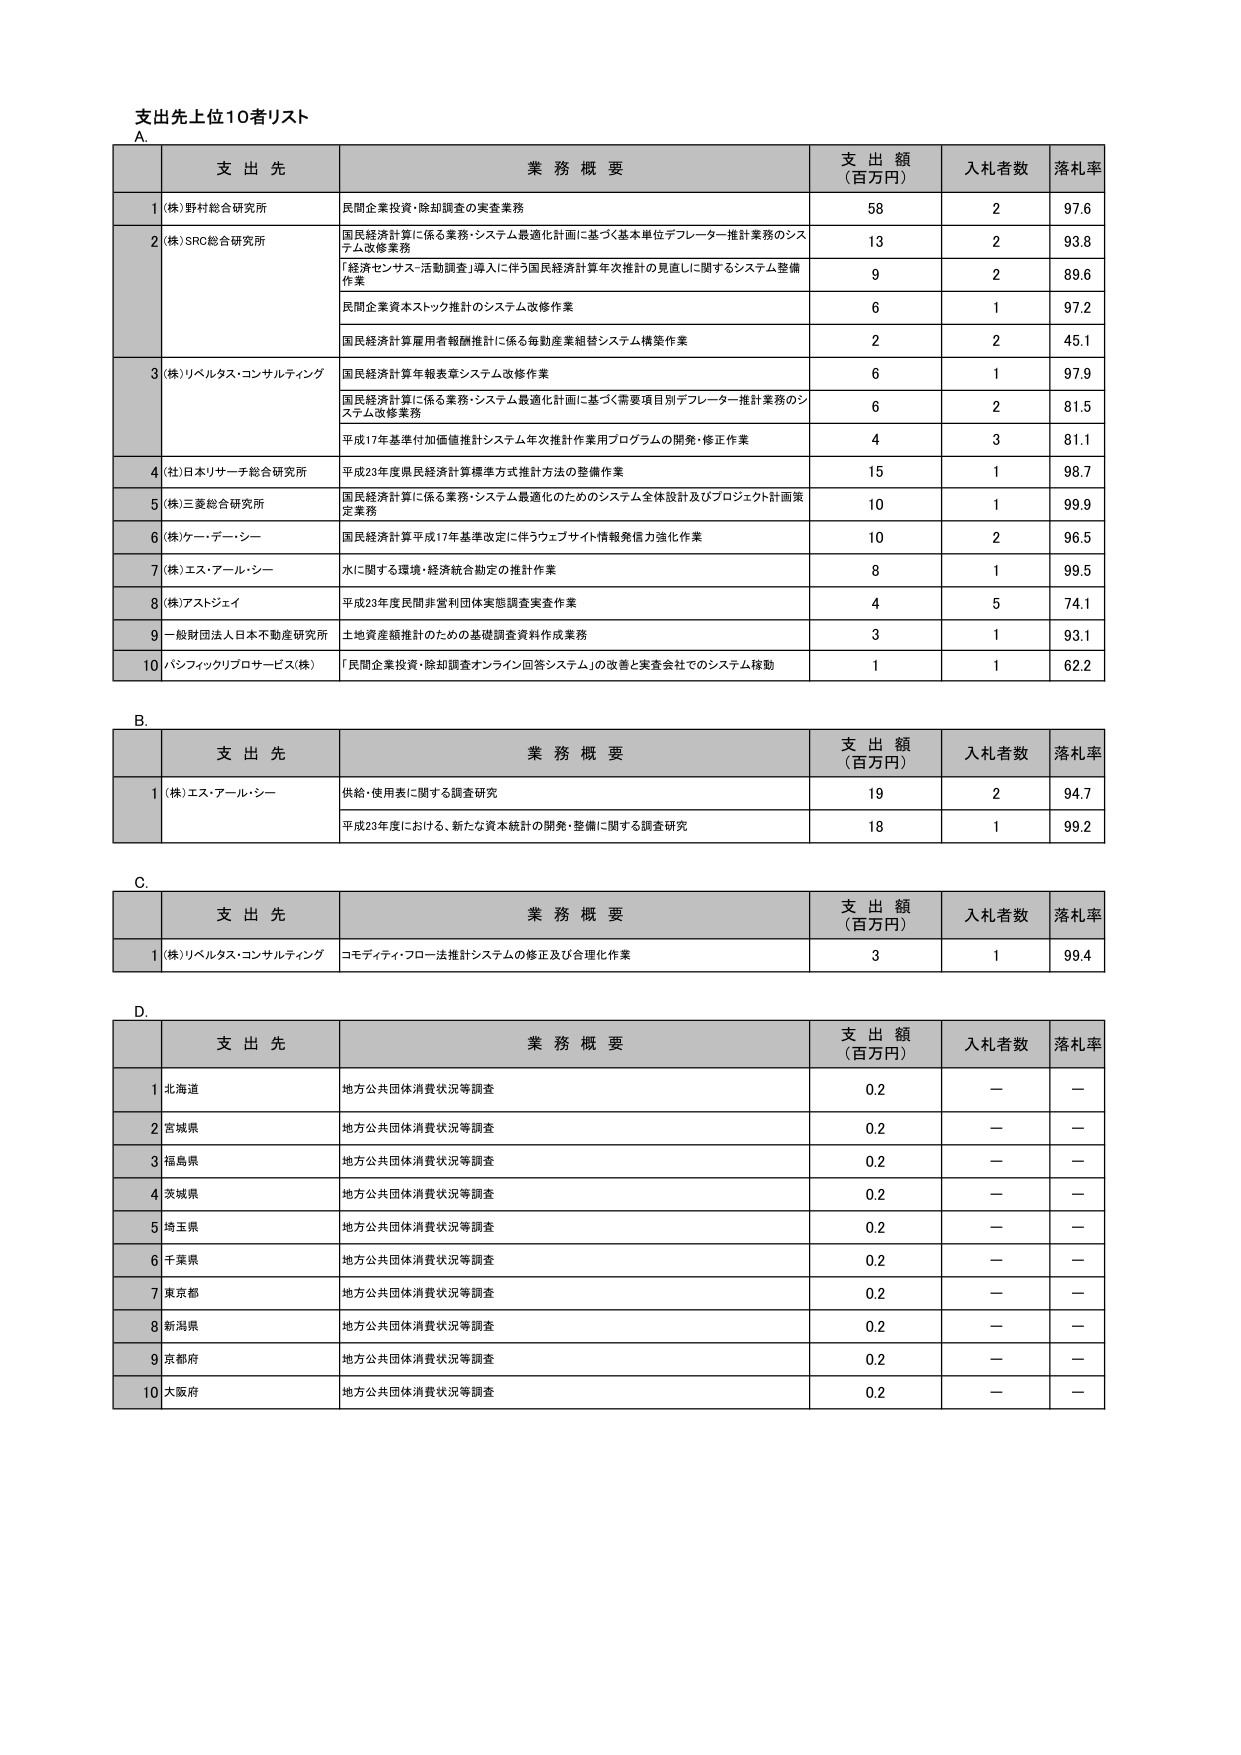
支 出 先 上 位 10 者 リ ス ト

A.

支 出 先 業 務 概 要 支 出 額 （ 百 万 円 ） 入 札 者 数 落 札 率

1 (株)野村総合研究所 民間企業投資・除却調査の実査業務 58 2 97.6

2 (株)SRC総合研究所 国民経済計算に係る業務・システム最適化計画に基づく基本単位デフレーター推計業務のシステム改修業務 13 2 93.8 「経済センサス・活動調査」導入に伴う国民経済計算年次推計の見直しに関するシステム整備作業 9 2 89.6 民間企業資本ストック推計のシステム改修作業 6 1 97.2 国民経済計算雇用者報酬推計に係る毎勤産業組替システム構築作業 2 2 45.1

3 (株)リベルタス・コンサルティング 国民経済計算年報表章システム改修作業 6 1 97.9 国民経済計算に係る業務・システム最適化計画に基づく需要項目別デフレーター推計業務のシステム改修業務 6 2 81.5 平成17年基準付加価値推計システム年次推計作業用プログラムの開発・修正作業 4 3 81.1

4 (社)日本リサーチ総合研究所 平成23年度県民経済計算標準方式推計方法の整備作業 15 1 98.7

5 (株)三菱総合研究所 国民経済計算に係る業務・システム最適化のためのシステム全体設計及びプロジェクト計画策定業務 10 1 99.9

6 (株)ケー・ディー・シー 国民経済計算平成17年基準改定に伴うウェブサイト情報発信力強化作業 10 2 96.5

7 (株)エス・アール・シー 水に関する環境・経済統合勘定の推計作業 8 1 99.5

8 (株)アスジェイ 平成23年度民間非営利団体実態調査実査作業 4 5 74.1

9 一般財団法人日本不動産研究所 土地資産額推計のための基礎調査資料作成業務 3 1 93.1

10 パシフィッククリプロサービス(株) 「民間企業投資・除却調査オンライン回答システム」の改善と実査会社でのシステム稼動 1 1 62.2

B.

支 出 先 業 務 概 要 支 出 額 （ 百 万 円 ） 入 札 者 数 落 札 率

1 (株)エス・アール・シー 供給・使用表に関する調査研究 19 2 94.7 平成23年度における、新たな資本統計の開発・整備に関する調査研究 18 1 99.2

C.

支 出 先 業 務 概 要 支 出 額 （ 百 万 円 ） 入 札 者 数 落 札 率

1 (株)リベルタス・コンサルティング コモディティ・フロー法推計システムの修正及び合理化作業 3 1 99.4

D.

支 出 先 業 務 概 要 支 出 額 （ 百 万 円 ） 入 札 者 数 落 札 率

1 北海道 地方公共団体消費状況等調査 0.2 — —

2 宮城県 地方公共団体消費状況等調査 0.2 — —

3 福島県 地方公共団体消費状況等調査 0.2 — —

4 茨城県 地方公共団体消費状況等調査 0.2 — —

5 埼玉県 地方公共団体消費状況等調査 0.2 — —

6 千葉県 地方公共団体消費状況等調査 0.2 — —

7 東京都 地方公共団体消費状況等調査 0.2 — —

8 新潟県 地方公共団体消費状況等調査 0.2 — —

9 京都府 地方公共団体消費状況等調査 0.2 — —

10 大阪府 地方公共団体消費状況等調査 0.2 — —